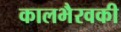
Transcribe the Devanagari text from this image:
कालभैरवकी